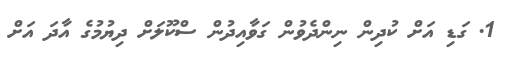
1. ގަޑި އަށް ކުދިން ނިންދެވުން ގަވާއިދުން ސްކޫލަށް ދިޔުމުގެ އާދަ އަށް